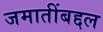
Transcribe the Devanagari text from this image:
जमातींबद्दल